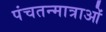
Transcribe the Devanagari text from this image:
पंचतन्मात्राओं